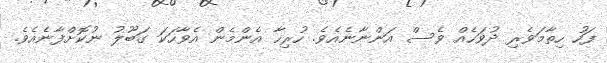
ފަހު ހިތާމަވެރި ދުވަހެއް ވެސް އަންނާނެއެވެ. ހުރިހާ އެންމެން އެވާހަކަ ގަބޫލު ނުކޮށްފާނެއެވެ.